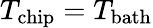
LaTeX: T_{\mathrm{chip}}=T_{\mathrm{bath}}